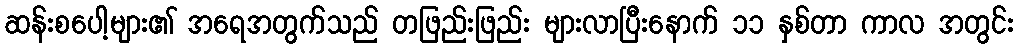
ဆန်းစပေါ့များ၏ အရေအတွက်သည် တဖြည်းဖြည်း များလာပြီးနောက် ၁၁ နှစ်တာ ကာလ အတွင်း